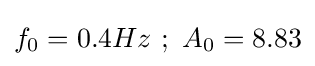
f_{0}=0.4Hz~;~A_{0}=8.83